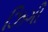
ઝિગી